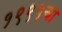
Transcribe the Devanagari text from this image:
१९९५चा